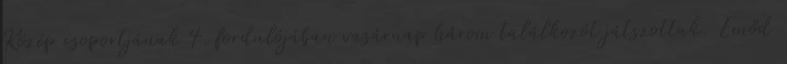
Közép csoportjának 4. fordulójában vasárnap három találkozót játszottak. Emőd